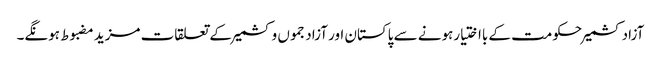
آزادکشمیرحکومت کے بااختیارہونے سے پاکستان اور آزادجموں وکشمیر کے تعلقات مزید مضبوط ہونگے۔